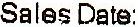
SALES DATE: